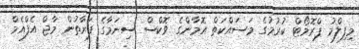
މިފިލްމު ޕްރޮމޯޓް ކުރުމުގެ މަސައްކަތް އޮމާންގެ ވޮކްސް ސިނަމާގެ ފަރާތުން މާޖް އެފްއެމް